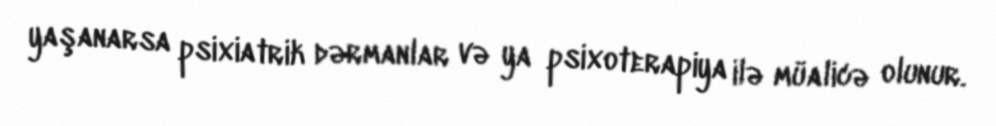
yaşanarsa psixiatrik dərmanlar və ya psixoterapiya ilə müalicə olunur.